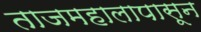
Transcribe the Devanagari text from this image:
ताजमहालापासून